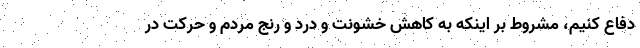
دفاع كنيم، مشروط بر اينكه به كاهش خشونت و درد و رنج مردم و حركت در